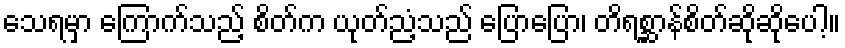
သေရမှာ ကြောက်သည့် စိတ်က ယုတ်ညံ့သည် ပြောပြော၊ တိရစ္ဆာန်စိတ်ဆိုဆိုပေါ့။